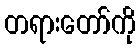
တရားတော်ကို